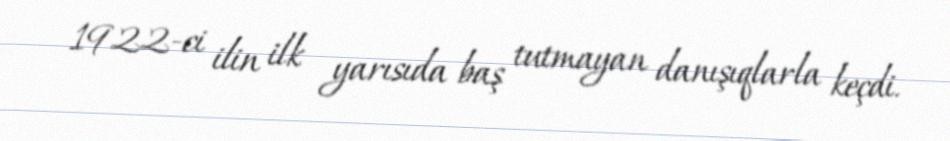
1922-ci ilin ilk yarısıda baş tutmayan danışıqlarla keçdi.